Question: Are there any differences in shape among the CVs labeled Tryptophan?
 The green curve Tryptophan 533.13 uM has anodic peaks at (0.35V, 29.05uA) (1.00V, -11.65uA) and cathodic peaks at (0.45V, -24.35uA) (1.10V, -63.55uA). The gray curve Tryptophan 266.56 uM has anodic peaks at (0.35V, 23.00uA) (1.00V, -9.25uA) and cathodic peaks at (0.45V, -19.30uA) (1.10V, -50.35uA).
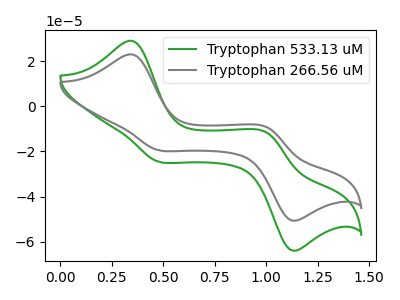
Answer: <think>All the peaks in "Tryptophan 533.13 uM" have a peak in "Tryptophan 266.56 uM" at the same potential.
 </think>
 <answer>All the CV's of "Tryptophan" have similar shape.</answer>
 <eval>follow_rule</eval>